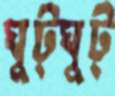
ঘুট্‌ঘুট্‌